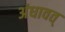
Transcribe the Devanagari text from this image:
अंधावत्